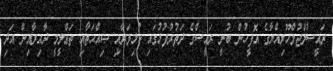
ރައީސުލްޖުމްހޫރިއްޔާގެ އޮފީހުން ބުނީ ރައީސްގެ ދަތުރުފުޅުގައި ކުޅިވަރާއި ޞިއްޙަތާއި ތަޢްލީމީ ދާއިރާއިން އަދި